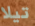
تيلا